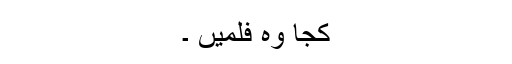
کجا وہ فلمیں ۔